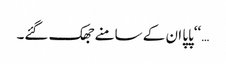
…‘‘پاپا ان کے سامنے جھک گئے۔